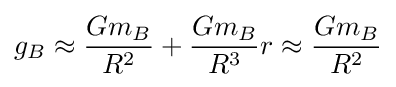
g_{B}\approx {\frac {Gm_{B}}{R^{2}}}+{\frac {Gm_{B}}{R^{3}}}r\approx {\frac {Gm_{B}}{R^{2}}}